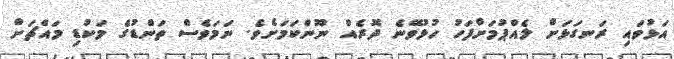
އަޅުވައި ރަނގަޅަށް ލެއްޕުމަށްފަހު ހުޅުވޭނެ ދޮރެއް ނޫންކަމަށެވެ. ނަމަވެސް ތަންޑުގެ މަކުޑި މައްޗަށް